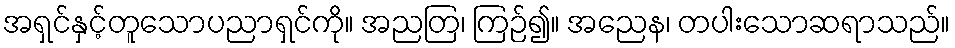
အရှင်နှင့်တူသောပညာရှင်ကို။ အညတြ၊ ကြဉ်၍။ အညေန၊ တပါးသောဆရာသည်။